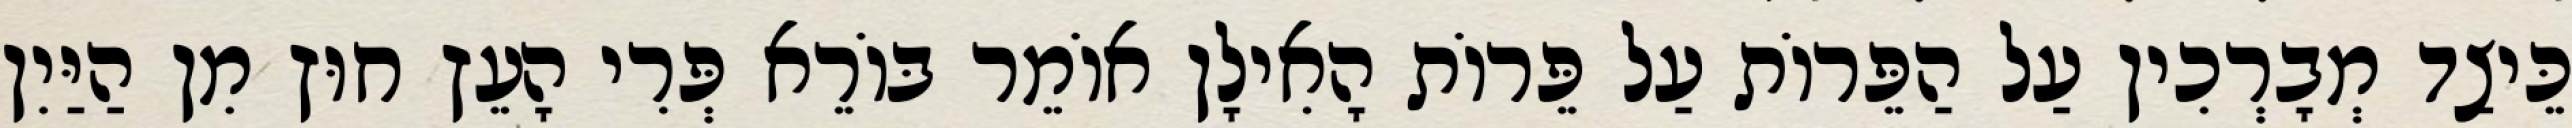
כֵּיצַד מְבָרְכִין עַל הַפֵּרוֹת עַל פֵּרוֹת הָאִילָן אוֹמֵר בּוֹרֵא פְּרִי הָעֵץ חוּץ מִן הַיַּיִן